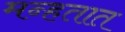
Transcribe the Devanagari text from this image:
मन्हतात